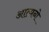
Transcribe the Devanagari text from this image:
आत्मनो